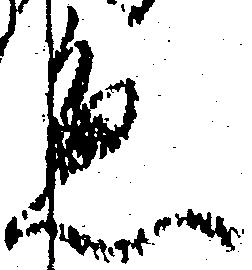
急